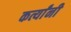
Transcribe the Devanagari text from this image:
कर्त्यांनी